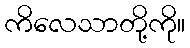
ကိလေသာတို့ကို။